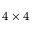
4 \times 4